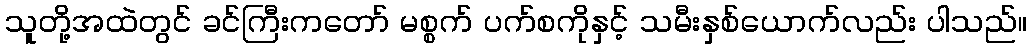
သူတို့အထဲတွင် ခင်ကြီးကတော် မစ္စက် ပက်စကိုနှင့် သမီးနှစ်ယောက်လည်း ပါသည်။